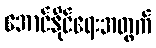
အောင်နိုင်ရေးအတွက်